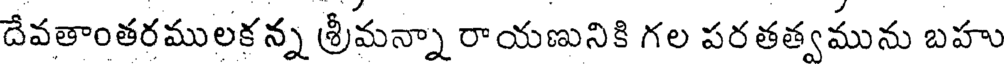
దేవతాంతరములకన్న శ్రీమన్నా రాయణునికి గల పరతత్వమును బహు